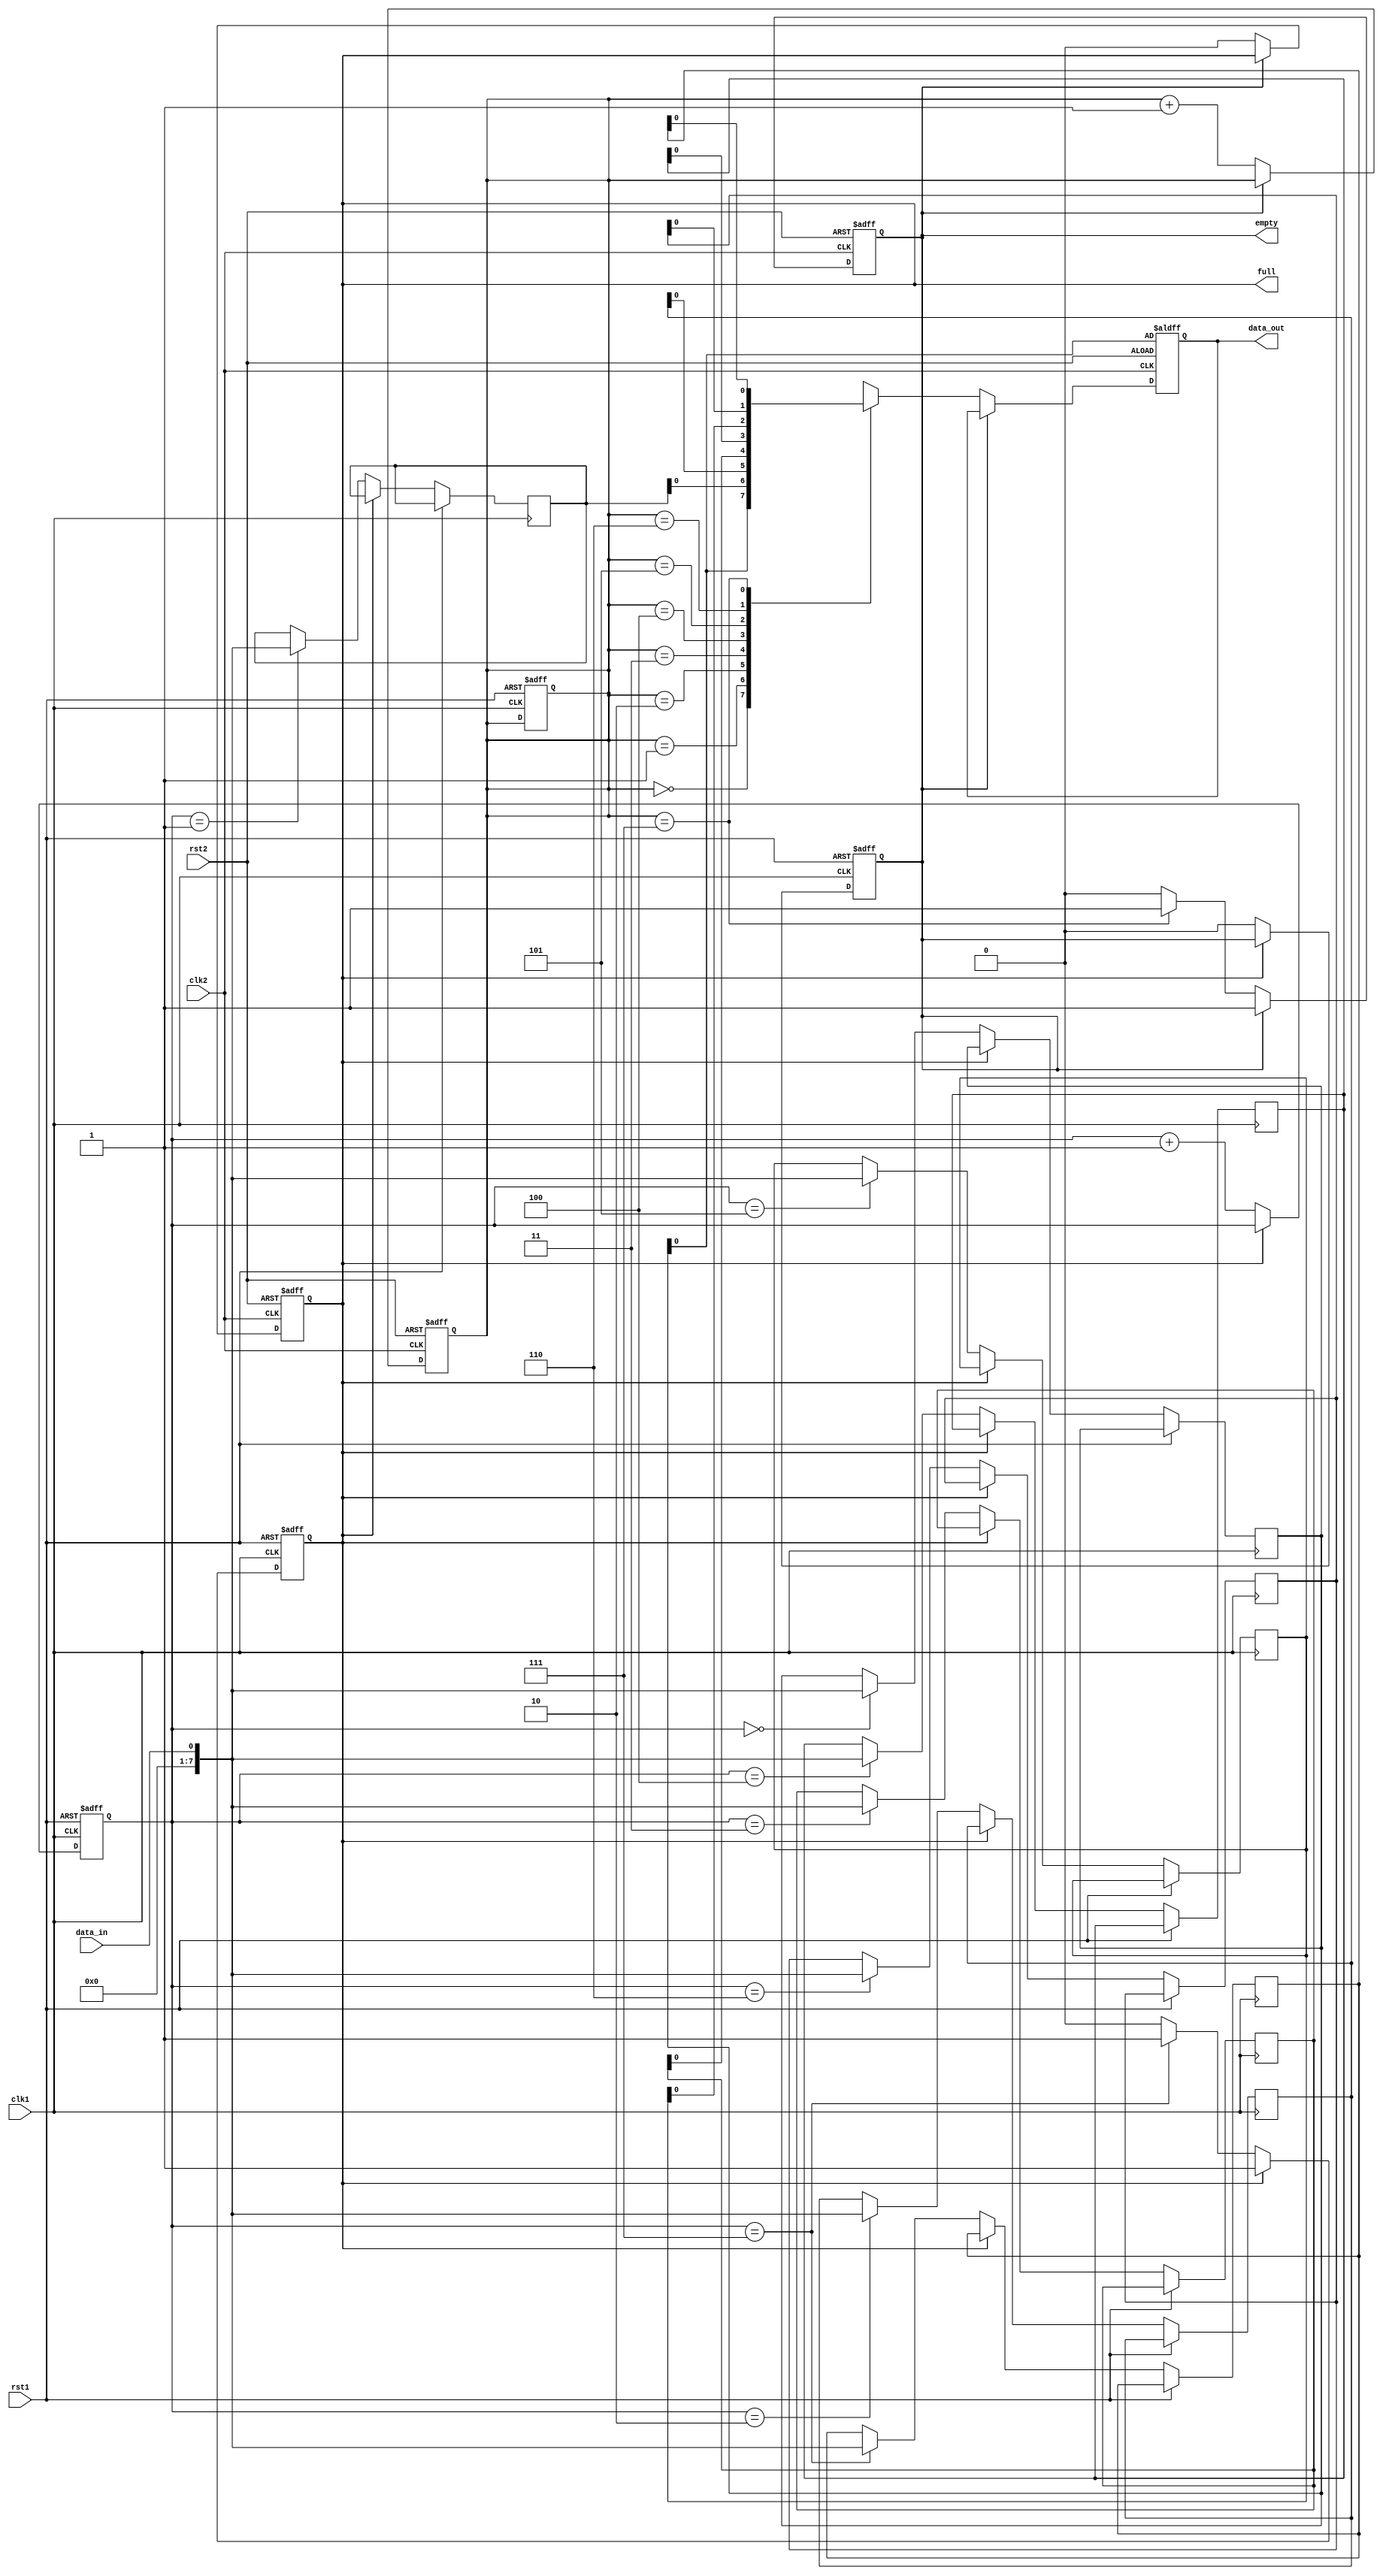
module level_sensitive_fifo (
    input wire clk1, // Clock for domain 1
    input wire rst1, // Reset for domain 1
    input wire clk2, // Clock for domain 2
    input wire rst2, // Reset for domain 2
    input wire data_in, // Data input
    output reg data_out, // Data output
    output reg full, // Full flag
    output reg empty // Empty flag
);

reg [7:0] buffer [0:7]; // Buffer array with 8 elements
reg [2:0] write_ptr; // Write pointer
reg [2:0] read_ptr; // Read pointer

always @(posedge clk1 or posedge rst1) begin
    if (rst1) begin
        write_ptr <= 3'b000; // Reset write pointer
        read_ptr <= 3'b000; // Reset read pointer
        full <= 1'b0; // Reset full flag
        empty <= 1'b1; // Set empty flag
    end else begin
        if (!full) begin // Check if buffer is not full
            buffer[write_ptr] <= data_in; // Write data to buffer
            write_ptr <= write_ptr + 1; // Increment write pointer
            if (write_ptr == 3'b111) begin
                full <= 1'b1; // Set full flag if buffer is full
            end
            empty <= 1'b0; // Reset empty flag
        end
    end
end

always @(posedge clk2 or posedge rst2) begin
    if (rst2) begin
        read_ptr <= 3'b000; // Reset read pointer
        data_out <= buffer[0]; // Output data from buffer
        full <= 1'b0; // Reset full flag
        empty <= 1'b1; // Set empty flag
    end else begin
        if (!empty) begin // Check if buffer is not empty
            data_out <= buffer[read_ptr]; // Output data from buffer
            read_ptr <= read_ptr + 1; // Increment read pointer
            if (read_ptr == 3'b111) begin
                empty <= 1'b1; // Set empty flag if buffer is empty
            end
            full <= 1'b0; // Reset full flag
        end
    end
end

endmodule